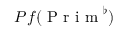
{ P f } ( \mathrm { ~ P ~ r ~ i ~ m ~ } ^ { \flat } )